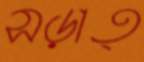
সড়াত্